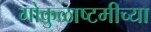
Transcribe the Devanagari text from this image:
गोकुळाष्टमीच्या